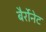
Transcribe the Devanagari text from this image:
बैर्रोनेट